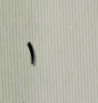
١